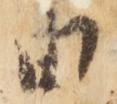
由